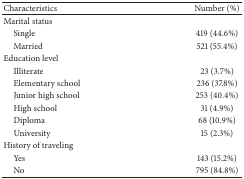
| Characteristics | Number (%) |
 | --- | --- |
 | Marital status |  |
 | Single | 419 (44.6%) |
 | Married | 521 (55.4%) |
 | Education level |  |
 | Illiterate | 23 (3.7%) |
 | Elementary school | 236 (37.8%) |
 | Junior high school | 253 (40.4%) |
 | High school | 31 (4.9%) |
 | Diploma | 68 (10.9%) |
 | University | 15 (2.3%) |
 | History of traveling |  |
 | Yes | 143 (15.2%) |
 | No | 795 (84.8%) |